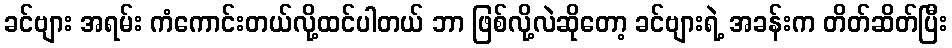
ခင်ဗျား အရမ်း ကံကောင်းတယ်လို့ထင်ပါတယ် ဘာ ဖြစ်လို့လဲဆိုတော့ ခင်ဗျားရဲ့ အခန်းက တိတ်ဆိတ်ပြီး